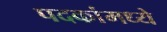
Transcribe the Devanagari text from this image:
पदकांमध्ये